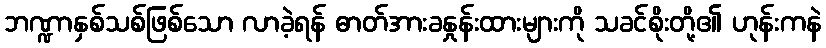
ဘဏ္ဍာနှစ်သစ်ဖြစ်သော လာခဲ့ရန် ဓာတ်အားခနှုန်းထားများကို သခင်စိုးတို့၏ ဟုန်းကနဲ